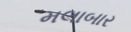
મલાબાર